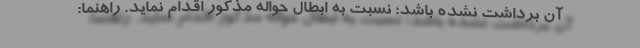
آن برداشت نشده باشد؛ نسبت به ابطال حواله مذکور اقدام نماید. راهنما: